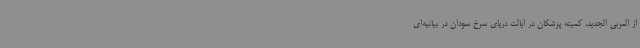
از العربی الجدید، کمیته پزشکان در ایالت دریای سرخ سودان در بیانیه‌ای